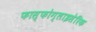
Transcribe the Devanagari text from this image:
फास्फोग्लाइसेरिक